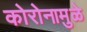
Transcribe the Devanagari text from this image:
कोरोनामुळे